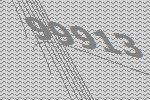
99913